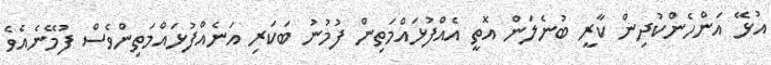
އުޅޭ އަންހެންކުދިން ކާރީ ބުނެލަން އޮތީ އެއްފުޅައްމަތިން ފުމުނު ބަކަރި އަނެއްފުޅައްމަތިންވެސް ފުމޭނެއެވެ